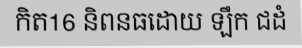
កិត16 និពនធដោយ ឡឹក ជដំ